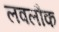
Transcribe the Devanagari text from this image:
लवलौक